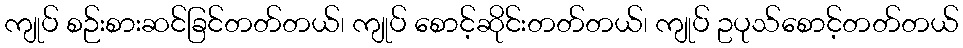
ကျုပ် စဉ်းစားဆင်ခြင်တတ်တယ်၊ ကျုပ် စောင့်ဆိုင်းတတ်တယ်၊ ကျုပ် ဥပုသ်စောင့်တတ်တယ်